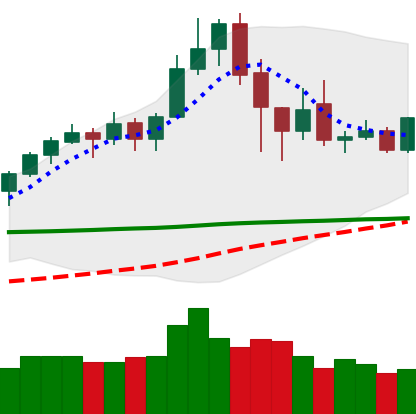
Ticker: XLM-USD
Chart end date: 2020-02-23
Forward return: -20.83%
Label: down_7plus